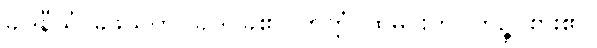
ခါဒနီယံ၊ ခဲဖွယ်ကို။ ခါဒိ၊ ခဲ၏။ ဘတ္တံ၊ ထမင်းကို။ ဘုဉ္ဇိ၊ စား၏။